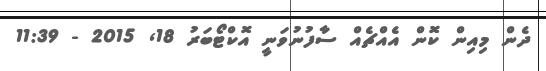
ދެން މިއިން ކޮން އެއްޗެއް ސާފުނުވަނީ އޮކްޓޯބަރު 18